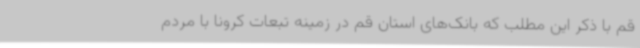
قم با ذکر این مطلب که بانک‌های استان قم در زمینه تبعات کرونا با مردم